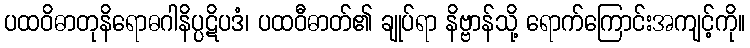
ပထဝိဓာတုနိရောဓဂါနိပ္ပဋိပဒံ၊ ပထဝီဓာတ်၏ ချုပ်ရာ နိဗ္ဗာန်သို့ ရောက်ကြောင်းအကျင့်ကို။